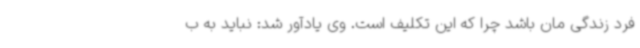
فرد زندگی مان باشد چرا که این تکلیف است. وی یادآور شد: نباید به ب